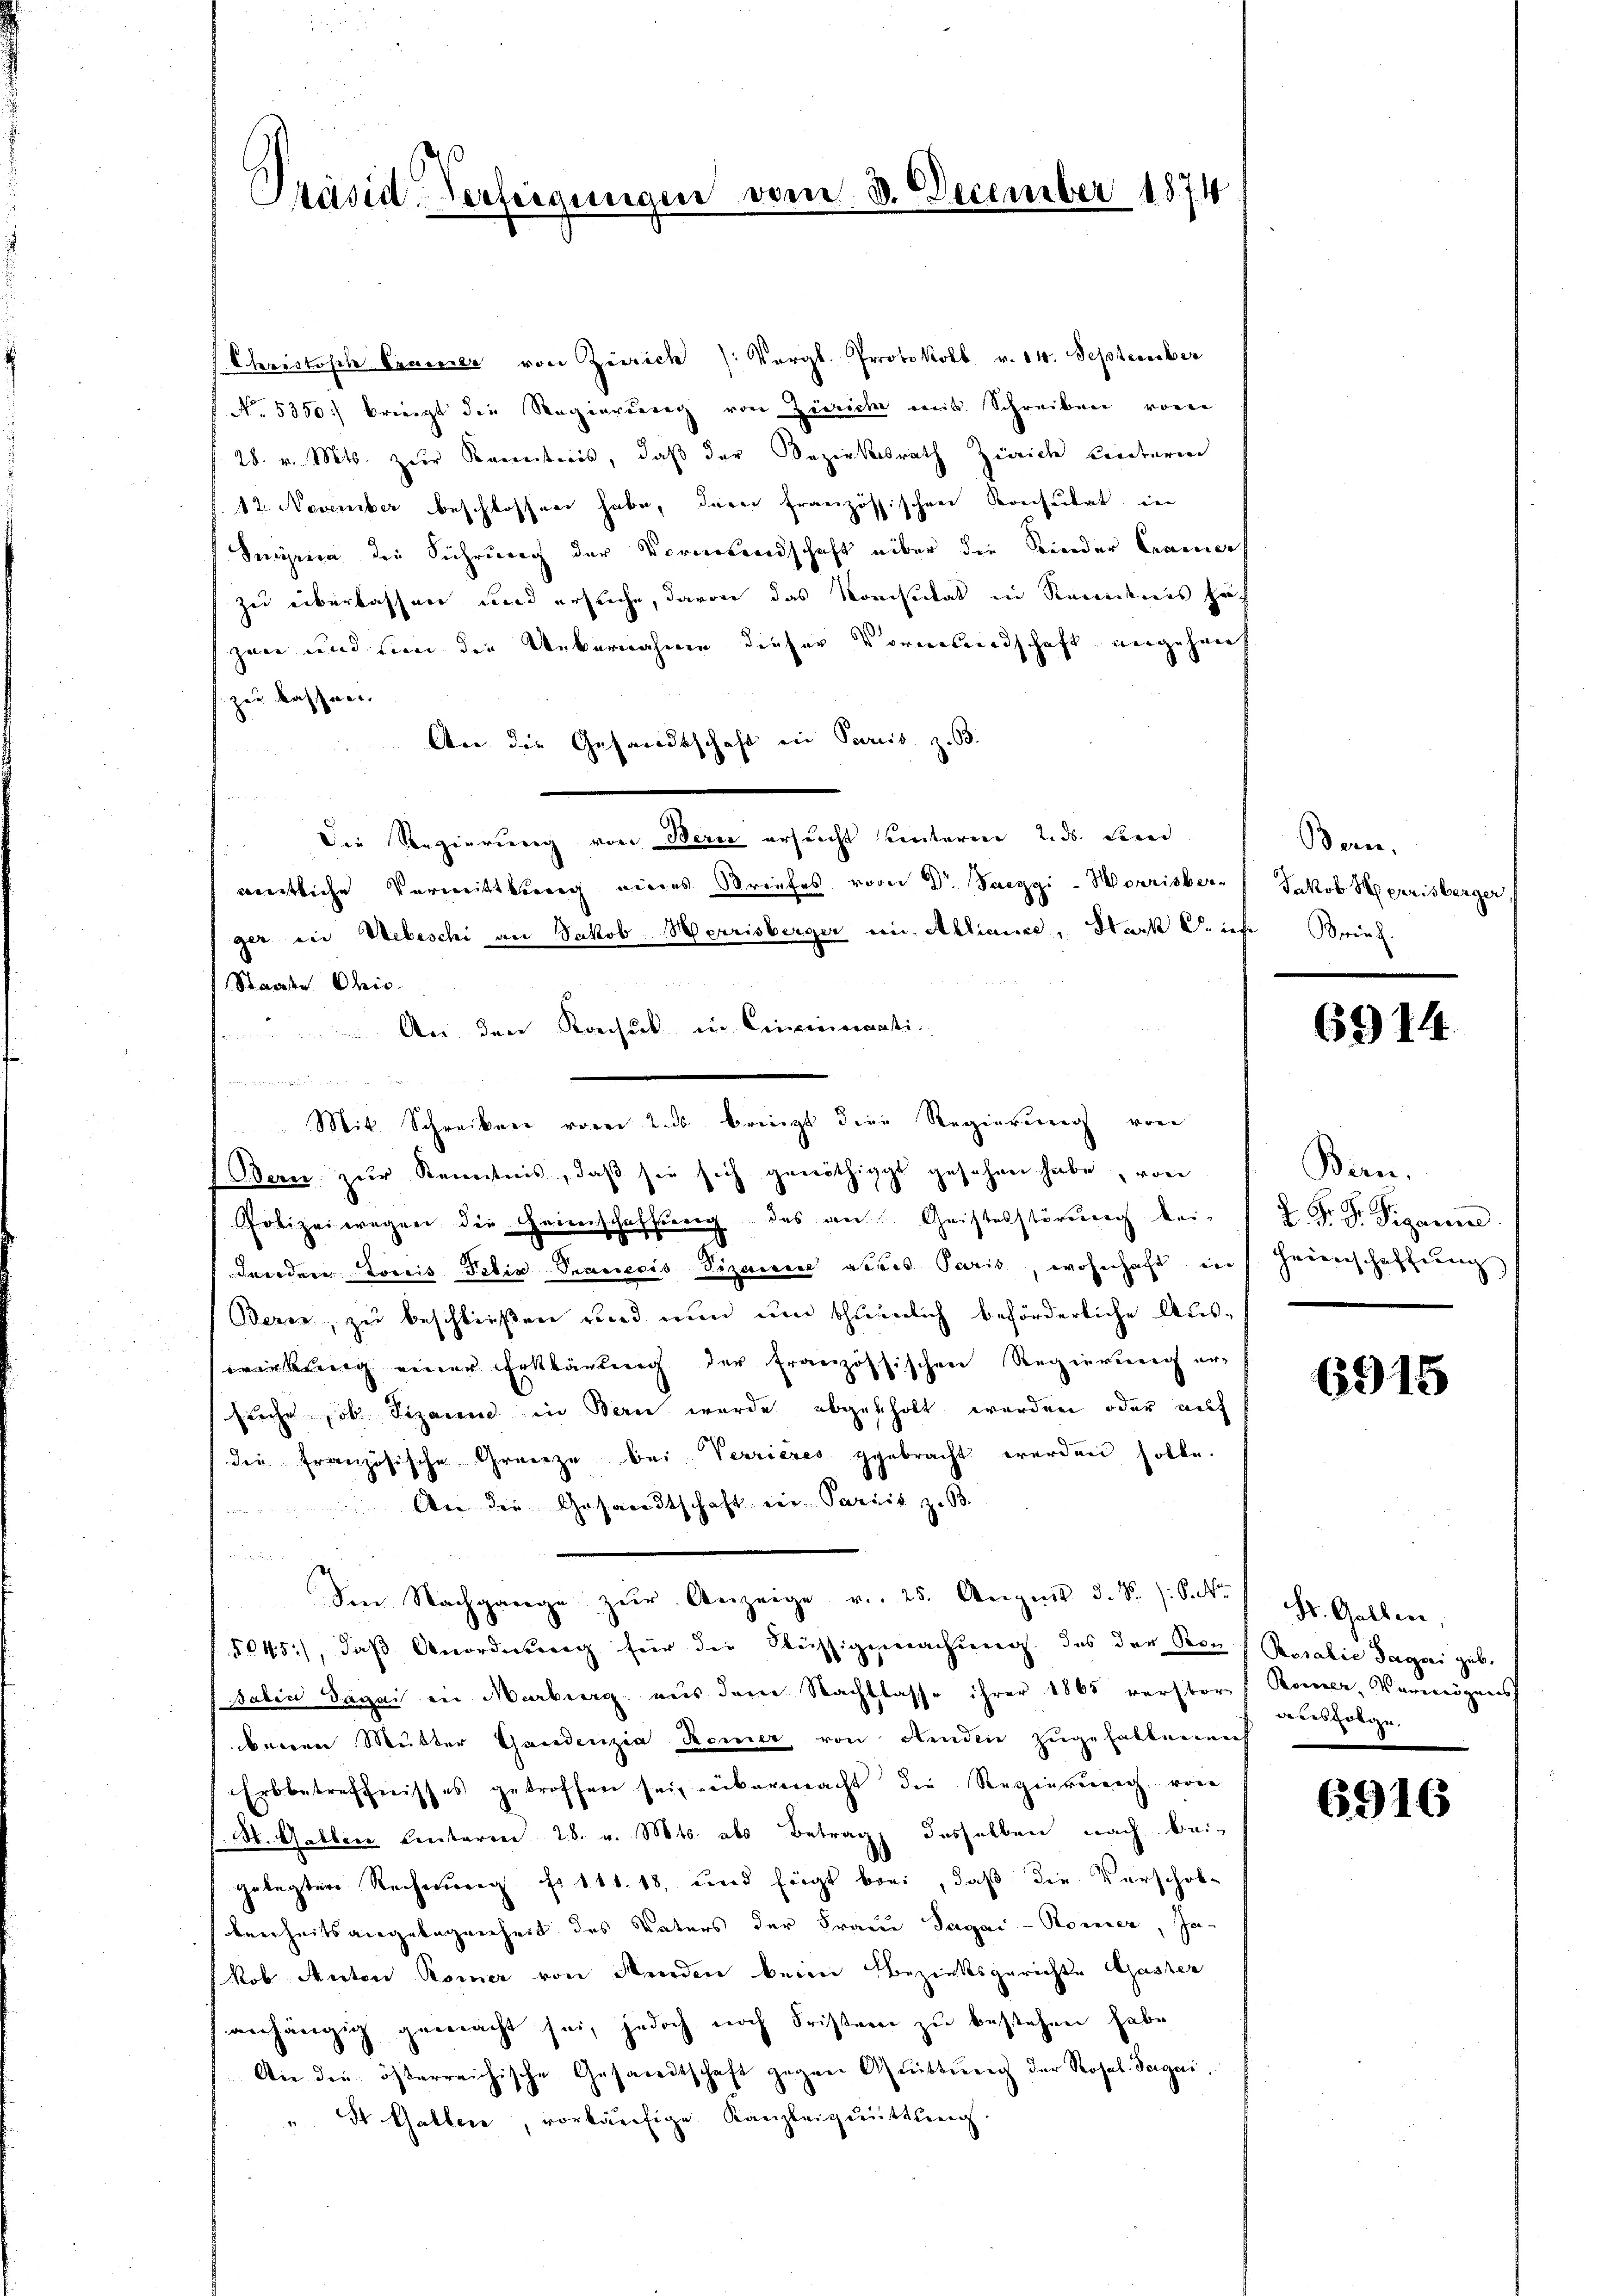
Präsid. Verfeigungen vom 3. December 1874

Christisch Feuerer von Zürich /: Vergl. Protokoll v. 14. September
No. 5350) briegt die Regierung von Zürich mit Schreiben von
28. v. Mts. zur Kenntnis, daß der Bezirksrath Zürich unterm
12. November beschlossen habe, dere französischen Konsulat in
Suira die Sicherung der Vormundschaft über die Kinder Camers
zu überlassen und ersuche, davon das Konsulat in Rendenes haf
zere und von die Uebernahme dieser Vormundschaft angeheit
zu kassen.
An die Gesandtschaft in Paris z. B.
u
Die Regierung von Berne ersucht unteren 2. ds. Fried
amtliche Vermittlung eines Briefes vom Dr. Saezgi-Morrisber
ger ein Uebeschi an Jakob Herrisberger ein Alliance, Stark S. ich Brief.
Staate Chris
An den Konsul in Cincinerati

Bern zur Kenntnis, daß sie sich genöthigt gesehen habe, von
Polizeiwegen die Heinschaffung des an Geistesstörung keidenden Louis Felix Pranecis Vizeirer abstes Paris, wohnhaft in Heimschaffung
Bern, zu beschließen und nun um thunlich beförderliche Auswirkung einer Erklärung der französsischen Regierung er-
suche ob. Sizaun in Berei wurde abgeholt werden, oder auf
die französische Grenze bei Verrieres gebracht werden solle.
An die Gesandtschaft ein Pareis z. B.
u
Ien Nachgange zŭr Anzeige v. 25. August d. d. S.
5045), daß Anordnung für die Flüssigemachung des der Boz (Rosalie Tagari geb.
f Salin Sagai in Marburg aus dem Nachtlasse ihrer 1865 verstor Römer, Verweigens
berren Mutter Gandenzia Remer von Kinden zugefaltenen
Erbbetreffnisses getroffen sei, übermacht die Regierung von
St. Gallen Unterm 28. v. Mts. als Betrag desselben nach bei-
gelegten Rechnung fo 111. 18, und fügt bei, daß die Verschob-
berrheitsangelegenheit des Vaters der Frau Sagai-Roreier, In-
kob Anton Komer von Kinden beim Bezirksgerichte Gaster
anhängig gemacht sei, jedoch noch Fristen zu bestehen habe
An die österreichische Gesandtschaft gegen Aristung der Rosal. Sagai.
St. Gallen, vorläufige Kanzleigmittlung.

Mit Schreiben vom 2. ds bringt die Regierung von

Bern.
JMob Herrisberger,

6914

Bern.
2. Fr. Dr. Figarre

6915

St. Gallen,
ausfolge.

6916